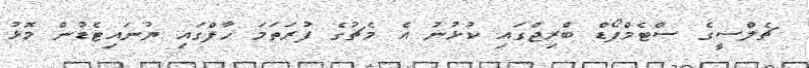
ޗެލްސީގެ ސްޓެމްފޯޑް ބްރިޖްގައި ކުޅުނު އެ މެޗުގެ ފުރަތަމަ ހާފްގައި ޔުނައިޓެޑުން މޮޅު